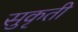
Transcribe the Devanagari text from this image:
सुकृती